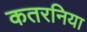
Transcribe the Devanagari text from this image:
कतरनिया